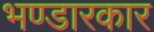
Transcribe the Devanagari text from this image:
भण्डारकार